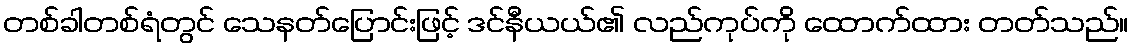
တစ်ခါတစ်ရံတွင် သေနတ်ပြောင်းဖြင့် ဒင်နီယယ်၏ လည်ကုပ်ကို ထောက်ထား တတ်သည်။